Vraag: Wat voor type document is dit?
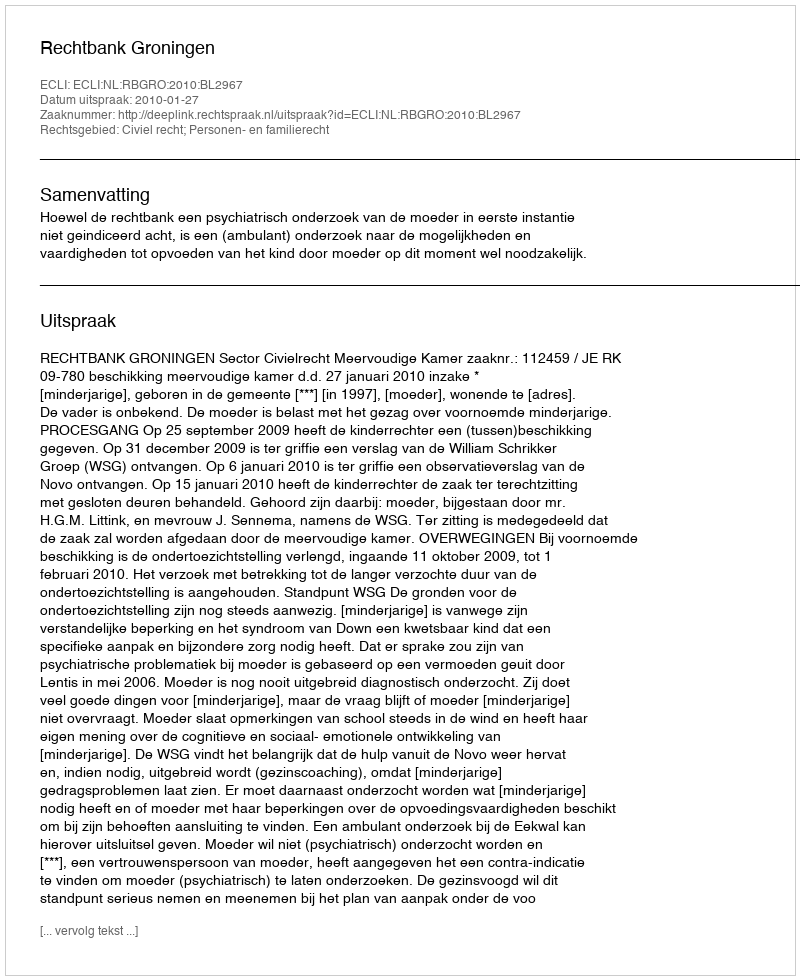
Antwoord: Uitspraak